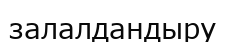
залалдандыру